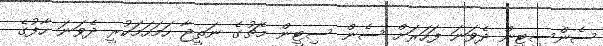
ސެންސިޓީން ދެވަނަ ފަހަރަށް ސެން ސިޓީން މެޗުގެ ނަތީޖާ ހަމަހަމަކުރީ ދެވަނަ ހާފުގެ